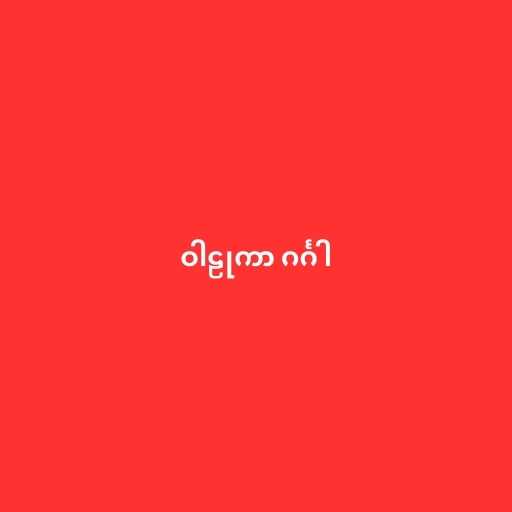
ဝါဠုကာ ဂင်္ဂါ